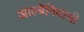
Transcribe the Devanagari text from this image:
आल्बेनियाची